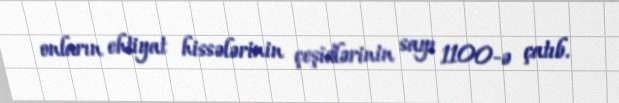
onların ehtiyat hissələrinin çeşidlərinin sayı 1100-ə çatıb.